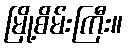
မြို့စိမ်းကြီး။